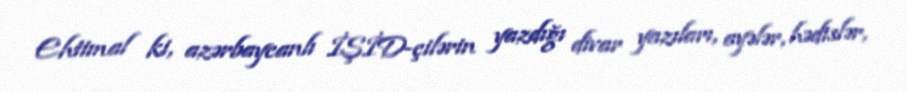
Ehtimal ki, azərbaycanlı İŞİD-çilərin yazdığı divar yazıları, ayələr, hədislər,